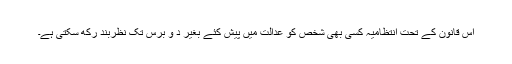
اس قانون کے تحت انتظامیہ کسی بھی شخص کو عدالت میں پیش کئے بغیر د و برس تک نظربند رکھ سکتی ہے۔